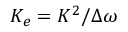
K _ { e } = K ^ { 2 } / \Delta \omega